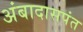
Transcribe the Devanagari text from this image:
अंबादासपंत